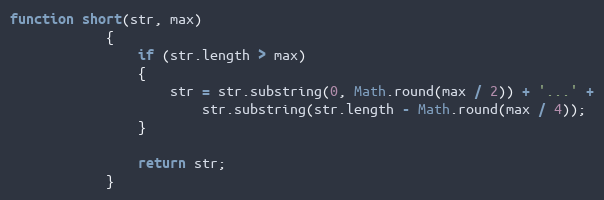
Language: JavaScript
function short(str, max)
			{
				if (str.length > max)
				{
					str = str.substring(0, Math.round(max / 2)) + '...' +
						str.substring(str.length - Math.round(max / 4));
				}

				return str;
			}